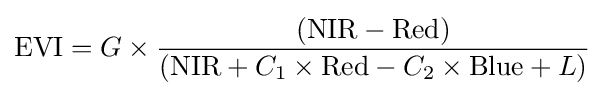
{\text{EVI}}=G\times {\frac {({\text{NIR}}-{\text{Red}})}{({\text{NIR}}+C_{1}\times {\text{Red}}-C_{2}\times {\text{Blue}}+L)}}